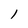
Character: l